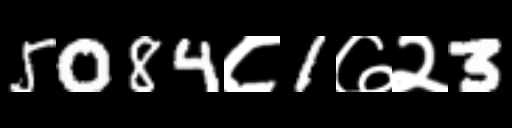
Text: 5084८1७२3